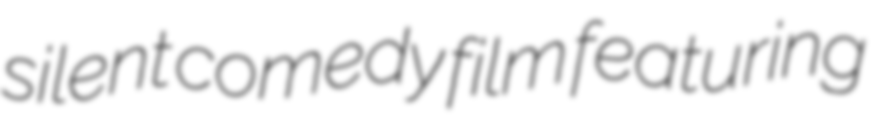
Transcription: silent comedy film featuring